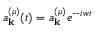
a _ { \mathbf { k } } ^ { ( \mu ) } ( t ) = a _ { \mathbf { k } } ^ { ( \mu ) } { { e } ^ { - i w t } }